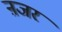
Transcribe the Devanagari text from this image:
ऩजर